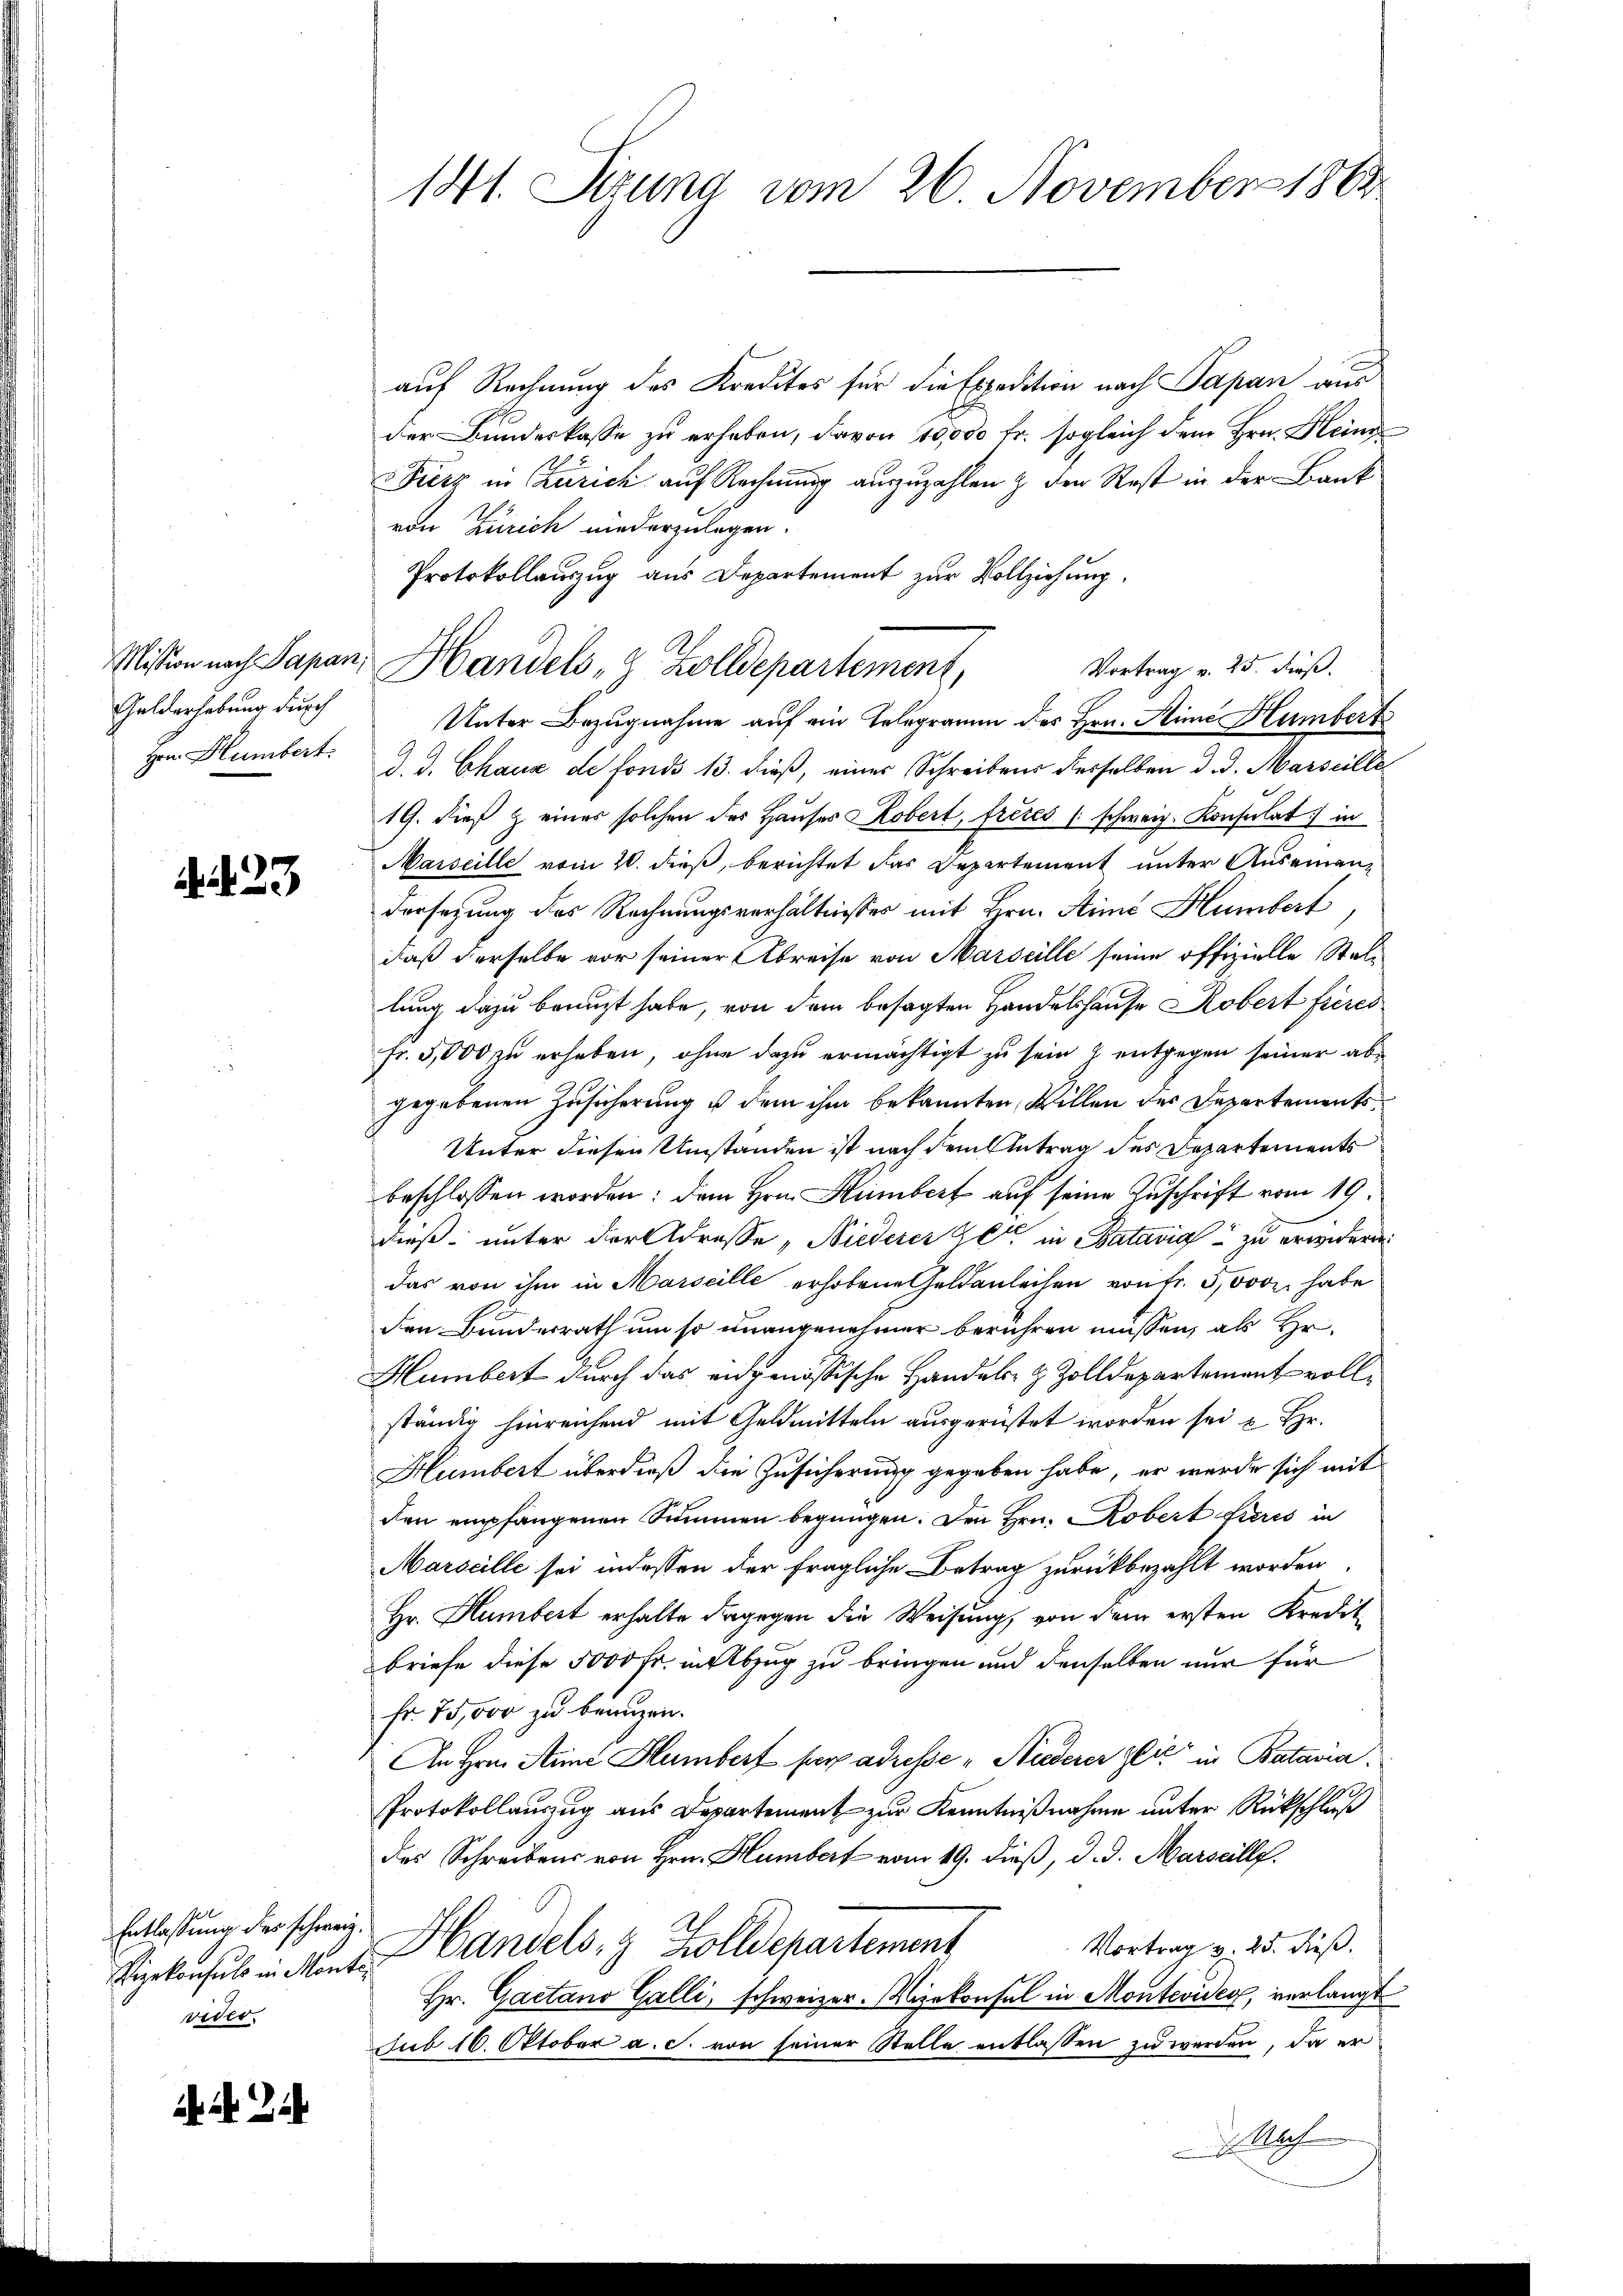
Gelderhebung durch
Herrn Humbert:

23

Entlassung des schweiz.
Vizekonsuls in Monte
vider.

181. Sizung vom 26. November 1864

Mission nach Papan, Handels 8 Zolldepartement,

auf Rechnung des Kredites für die Expedition nach Papan aus
der Bundeskasse zu erhaben, davon 10,000 fr. sogleich dem Hrn. Kleine
Fierz in Zürich auf Rechnung auszuzahlen & den Rest in der Bank
von Zürich niederzulegen.
Protokollauszug aus Departement zur Vollziehung,
Unter Bezugnahme auf ein Gelegramm des Hrn. Hine Humbert
d. J. Chaus de fonds 13. dieß, einer Schreibens desselben d. d. Marseille
19. dieß & einer solchen des Hauses Kobert, frères (schweiz. Konsulat in
Marseille vom 20. dieß, berichtet das Departement unter Auseinandersezung des Rechnungsverhältnisses mit Hrn. Sime Humbert
daß derselbe vor seiner Abreise von Marseille seine offizielle Stellung dazu benuzt habe, von dem besagten Handelshause Robert frères
Fr. 5,000 zu erheben, ohne dazu ermächtigt zu sein & entgegen seiner abgegebenen Zusicherung u dem ihm bekannten Willen der Departements
Unter diesen Umständen ist nach dem Antrag des Departements
beschlossen worden; dem Hrn. Humbert auf seine Zuschrift vom 19.
dieß unter der Adresse, Niederer Elter in Batavia zu erwidern
das von ihm in Marseille erhobene Geldanleihen von Fr. 3,000 habe
den Bundesrath um so unangenehmer berühren müssen, als Hr.
Humbert durch das eidgenössische Handels- & Zolldepartement vollständig hinreichend mit Geldmitteln ausgerüstet worden sei u. Hr.
Humbert überdieß die Zusicherung gegeben habe, er werde sich mit
den empfangenen Summen begnügen. Den Hrn. Robert hieres in
Marscille sei indessen der fragliche Betrag zurückbezahlt worden
Hr. Humbert erhalte dagegen die Weisung von dem ersten Kredit
briefe diese 5000 Fr. in Abzug zu bringen und denselben nur für
Fr. 75,000 zu benuzen.
An Hrn. Anne Humbert per adresse „Studerer Glić in Batavia.
Protokollauszug aus Departement zur Kenntnißnahme unter Rückschluß
des Schreibens von Hrn. Humbert vom 19. dieß, d. d. Marseilly.
Vortrag v. 25. dieß.
Handels- & Zolldepartement
Hr. Gaetano Galli, schweizer. Vizekonsul in Montevides, verlangt
sub 16. Oktober a. c. von seiner Stelle entlassen zu werden, da er
 Nach

Vortrag v. 25. dieß.